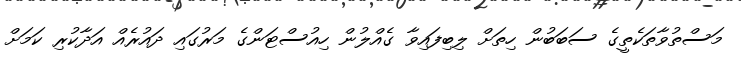
މަސްތުވާތަކެތީގެ ސަބަބުން ހިތަށް ލިބިފައިވާ ގެއްލުން ހިއުސްޓަންގެ މަރުގައި ދައުރެއް އަދާކުރި ކަމަށް